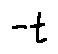
- t